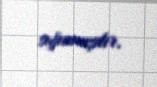
sığınmışdır.